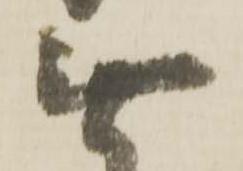
無